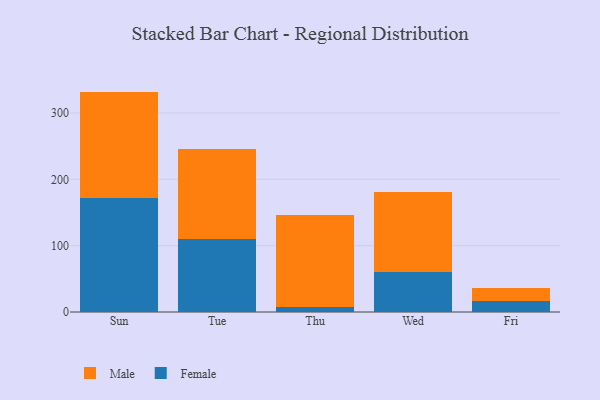
{"axis": {"x": "Day", "y": "Conversion Rate (%)"}, "legend": ["Female", "Male"], "data": [{"x": "Sun", "y": 171.7, "type": "Female"}, {"x": "Sun", "y": 160.5, "type": "Male"}, {"x": "Tue", "y": 110.6, "type": "Female"}, {"x": "Tue", "y": 135.1, "type": "Male"}, {"x": "Thu", "y": 6.9, "type": "Female"}, {"x": "Thu", "y": 139.7, "type": "Male"}, {"x": "Wed", "y": 60.9, "type": "Female"}, {"x": "Wed", "y": 119.3, "type": "Male"}, {"x": "Fri", "y": 17.3, "type": "Female"}, {"x": "Fri", "y": 18.4, "type": "Male"}]}